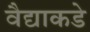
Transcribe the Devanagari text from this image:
वैद्याकडे